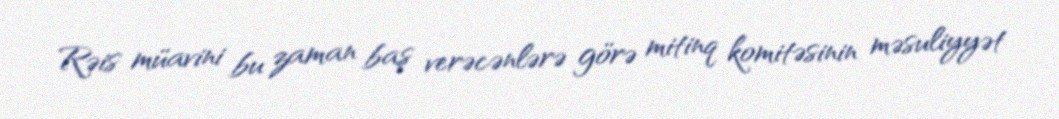
Rəis müavini bu zaman baş verəcənlərə görə mitinq komitəsinin məsuliyyət